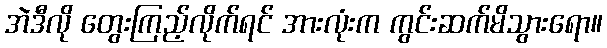
အဲဒီလို တွေးကြည့်လိုက်ရင် အားလုံးက ကွင်းဆက်မိသွားရော။